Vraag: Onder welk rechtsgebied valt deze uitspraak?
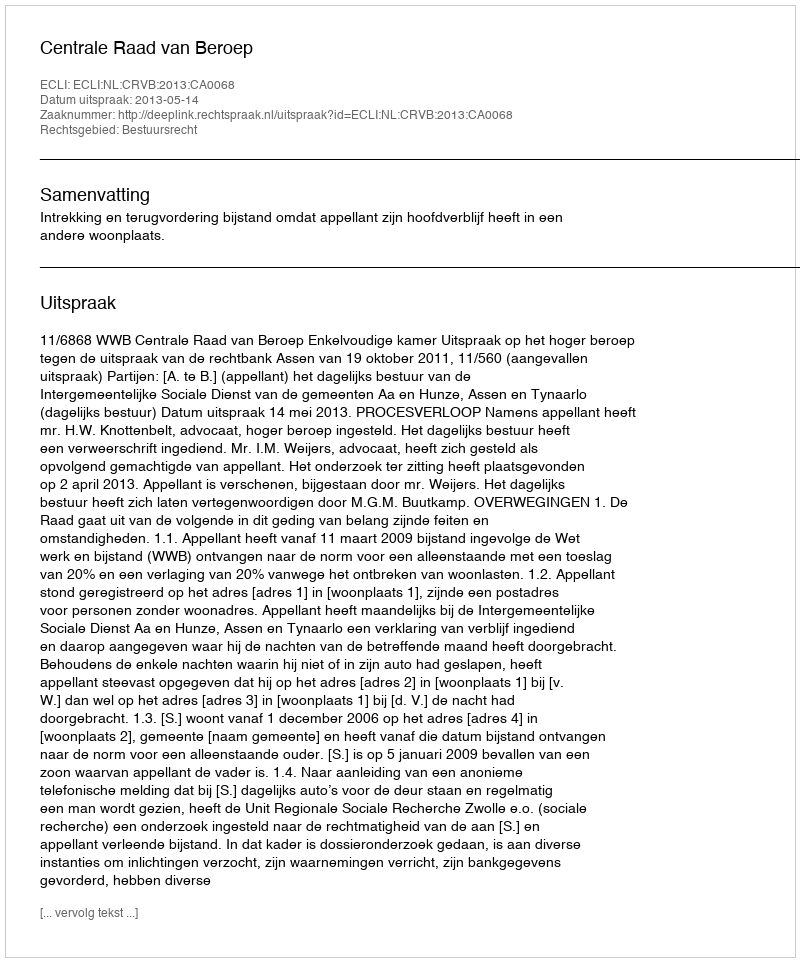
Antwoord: Bestuursrecht